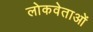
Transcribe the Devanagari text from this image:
लोकवेताओं